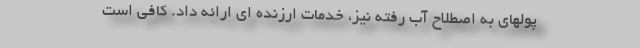
پولهاي به اصطلاح آب رفته نيز، خدمات ارزنده اي ارائه داد. كافي است